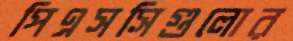
পিএসসিগুলোর